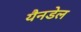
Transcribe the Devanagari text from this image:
यैनडेल